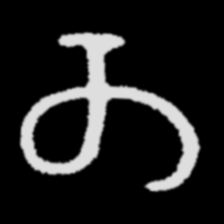
Pyu character \u2014 Myanmar letter: တ (romanized: ta)